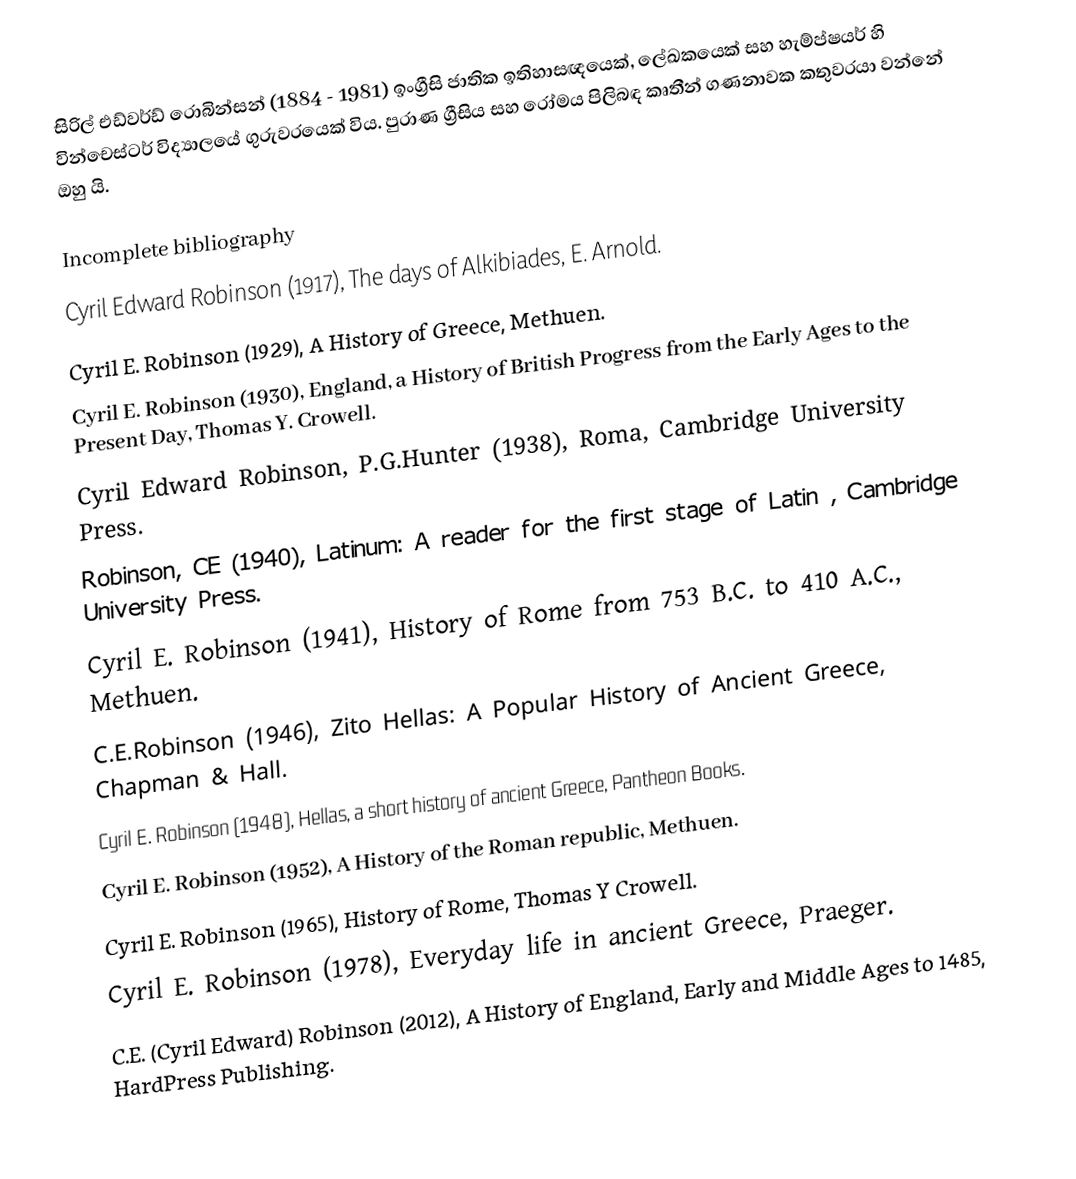
සිරිල් එඩ්වර්ඩ් රොබින්සන් (1884 - 1981) ඉංග්‍රීසි ජාතික ඉතිහාසඥයෙක්, ලේඛකයෙක් සහ හැම්ප්ෂයර් හි වින්චෙස්ටර් විද්‍යාලයේ ගුරුවරයෙක් විය. පුරාණ ග්‍රීසිය සහ රෝමය පිලිබඳ කෘතීන් ගණනාවක කතුවරයා වන්නේ ඔහු යි.

Incomplete bibliography
 Cyril Edward Robinson (1917), The days of Alkibiades, E. Arnold.
 Cyril E. Robinson (1929), A History of Greece, Methuen.
 Cyril E. Robinson (1930), England, a History of British Progress from the Early Ages to the Present Day, Thomas Y. Crowell.
 Cyril Edward Robinson, P.G.Hunter (1938), Roma, Cambridge University Press.
 Robinson, CE (1940), Latinum: A reader for the first stage of Latin , Cambridge University Press.
 Cyril E. Robinson (1941), History of Rome from 753 B.C. to 410 A.C., Methuen.
 C.E.Robinson (1946), Zito Hellas: A Popular History of Ancient Greece, Chapman & Hall.
 Cyril E. Robinson (1948), Hellas, a short history of ancient Greece, Pantheon Books.
 Cyril E. Robinson (1952), A History of the Roman republic, Methuen.
 Cyril E. Robinson (1965), History of Rome, Thomas Y Crowell.
 Cyril E. Robinson (1978), Everyday life in ancient Greece, Praeger.
 C.E. (Cyril Edward) Robinson (2012), A History of England, Early and Middle Ages to 1485, HardPress Publishing.